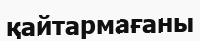
қайтармағаны